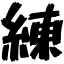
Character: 練